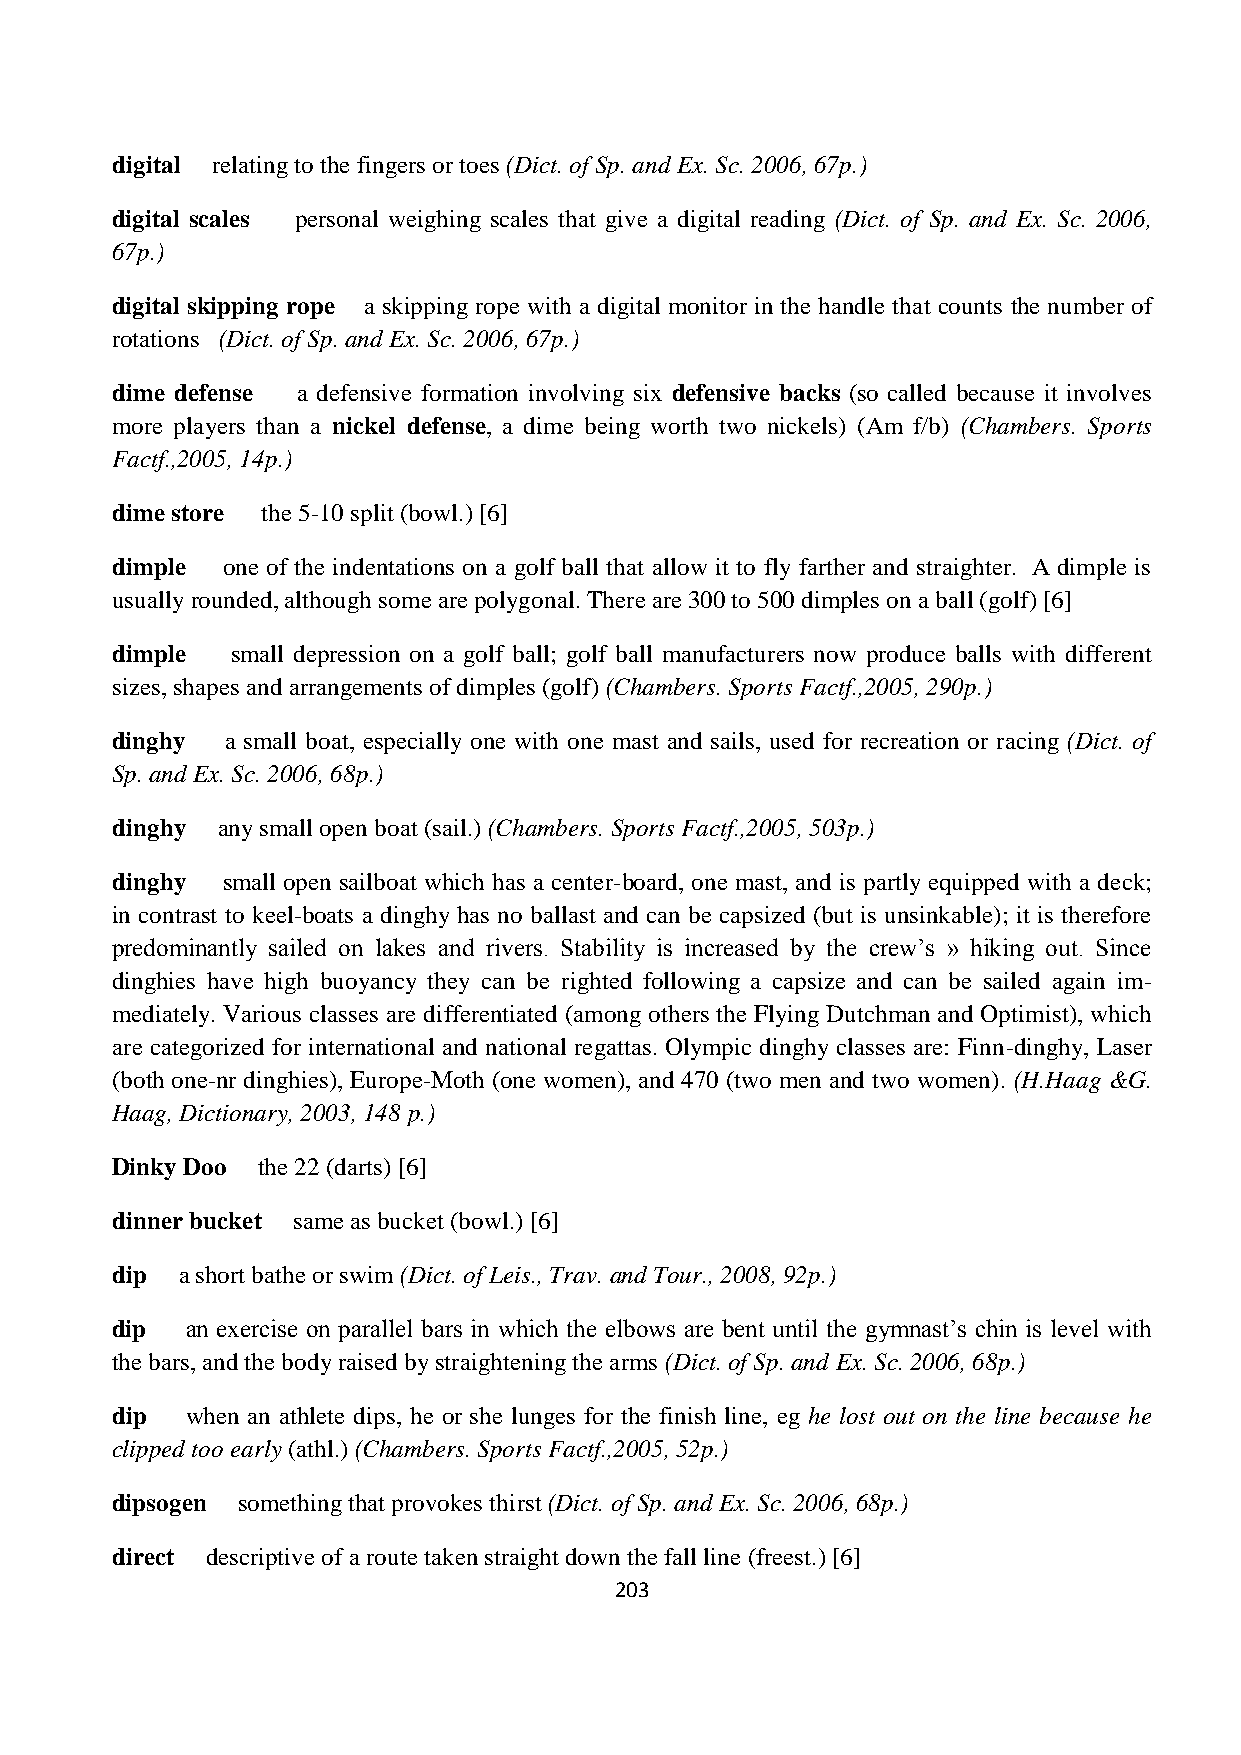
digital relating to the fingers or toes (Dict. of Sp. and Ex. Sc. 2006, 67p.)
 digital scales personal weighing scales that give a digital reading (Dict. of Sp. and Ex. Sc. 2006,
 67p.)
 digital skipping rope a skipping rope with a digital monitor in the handle that counts the number of
 rotations (Dict. of Sp. and Ex. Sc. 2006, 67p.)
 dime defense a defensive formation involving six defensive backs (so called because it involves
 more players than a nickel defense, a dime being worth two nickels) (Am f/b) (Chambers. Sports
 Factf.,2005, 14p.)
 dime store the 5-10 split (bowl.) [6]
 dimple  one of the indentations on a golf ball that allow it to fly farther and straighter. A dimple is
 usually rounded, although some are polygonal. There are 300 to 500 dimples on a ball (golf) [6]
 dimple  small depression on a golf ball; golf ball manufacturers now produce balls with different
 sizes, shapes and arrangements of dimples (golf) (Chambers. Sports Factf.,2005, 290p.)
 dinghy  a small boat, especially one with one mast and sails, used for recreation or racing (Dict. of
 Sp. and Ex. Sc. 2006, 68p.)
 dinghy any small open boat (sail.) (Chambers. Sports Factf.,2005, 503p.)
 dinghy  small open sailboat which has a center-board, one mast, and is partly equipped with a deck;
 in contrast to keel-boats a dinghy has no ballast and can be capsized (but is unsinkable); it is therefore
 predominantly sailed on lakes and rivers. Stability is increased by the crew’s » hiking out. Since
 dinghies have high buoyancy they can be righted following a capsize and can be sailed again im-
 mediately. Various classes are differentiated (among others the Flying Dutchman and Optimist), which
 are categorized for international and national regattas. Olympic dinghy classes are: Finn-dinghy, Laser
 (both one-nr dinghies), Europe-Moth (one women), and 470 (two men and two women). (H.Haag &G.
 Haag, Dictionary, 2003, 148 p.)
 Dinky Doo the 22 (darts) [6]
 dinner bucket same as bucket (bowl.) [6]
 dip  a short bathe or swim (Dict. of Leis., Trav. and Tour., 2008, 92p.)
 dip  an exercise on parallel bars in which the elbows are bent until the gymnast’s chin is level with
 the bars, and the body raised by straightening the arms (Dict. of Sp. and Ex. Sc. 2006, 68p.)
 dip  when an athlete dips, he or she lunges for the finish line, eg he lost out on the line because he
 clipped too early (athl.) (Chambers. Sports Factf.,2005, 52p.)
 dipsogen something that provokes thirst (Dict. of Sp. and Ex. Sc. 2006, 68p.)
 direct descriptive of a route taken straight down the fall line (freest.) [6]
 203